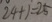
2 4 + 1 = 2 5